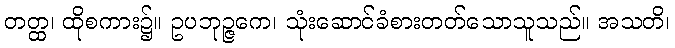
တတ္ထ၊ ထိုစကား၌။ ဥပဘုဉ္ဇကေ၊ သုံးဆောင်ခံစားတတ်သောသူသည်။ အသတိ၊